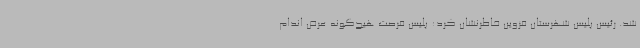
شد. رئیس پلیس شهرستان قزوین خاطرنشان کرد: پلیس فرصت هیج‌گونه عرض اندام